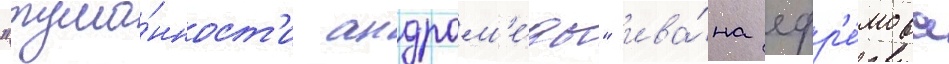
"тума́нност'и андром'е́ды" ива́на ефр'е́мова